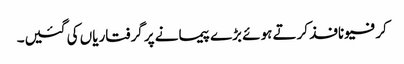
کرفیو نافذ کرتے ہوئے بڑے پیمانے پر گرفتاریاں کی گئیں۔